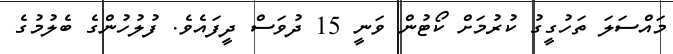
މައްސަލަ ތަހުގީގު ކުރުމަށް ކޯޓުން ވަނީ 15 ދުވަސް ދީފައެވެ. ފުލުހުންގެ ބެލުމުގެ